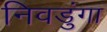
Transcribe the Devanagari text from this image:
निवडुंगा